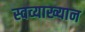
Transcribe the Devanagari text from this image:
स्वव्याख्यान